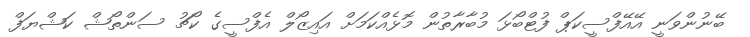
ބޭނުންވަނީ އޭއޭފްސީކަޕް ފުޓްބޯޅަ މުބާރާތުން މޮޅެއްކަމަށް އައިޒޯލް އެފްސީގެ ކޯޗު ސަންތޯޝް ކަޝްޔަފް